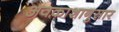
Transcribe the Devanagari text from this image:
अवकाशानुसार